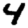
Digit: 4